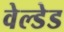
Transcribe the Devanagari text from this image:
वेल्डेड